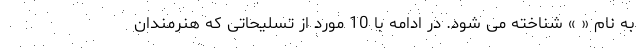
به نام « » شناخته می شود. در ادامه با 10 مورد از تسلیحاتی که هنرمندان